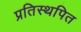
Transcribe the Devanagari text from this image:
प्रतिस्थपित